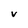
Character: v